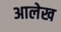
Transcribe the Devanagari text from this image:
अालेख